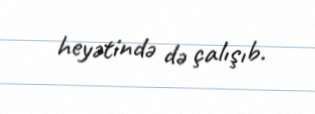
heyətində də çalışıb.